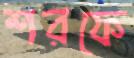
শরফে